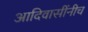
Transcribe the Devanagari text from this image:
आदिवासींनीच